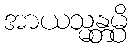
အာယသ္မန္တမ္ပိ